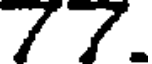
77.